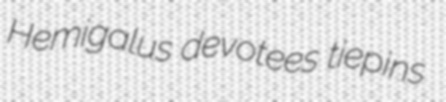
Hemigalus devotees tiepins